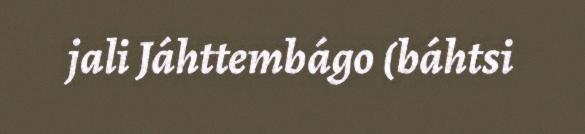
jali Jáhttembágo (báhtsi